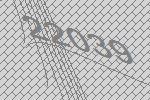
22039